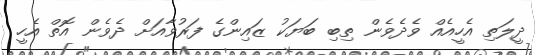
ދީލަތި އެހީއެއް ވެދެވެން ތިބި ބަޔަކު ޒައިންގެ ފަރުވާއަށް ދެވެން އޮތް އެހީ